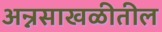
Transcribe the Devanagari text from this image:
अन्नसाखळीतील